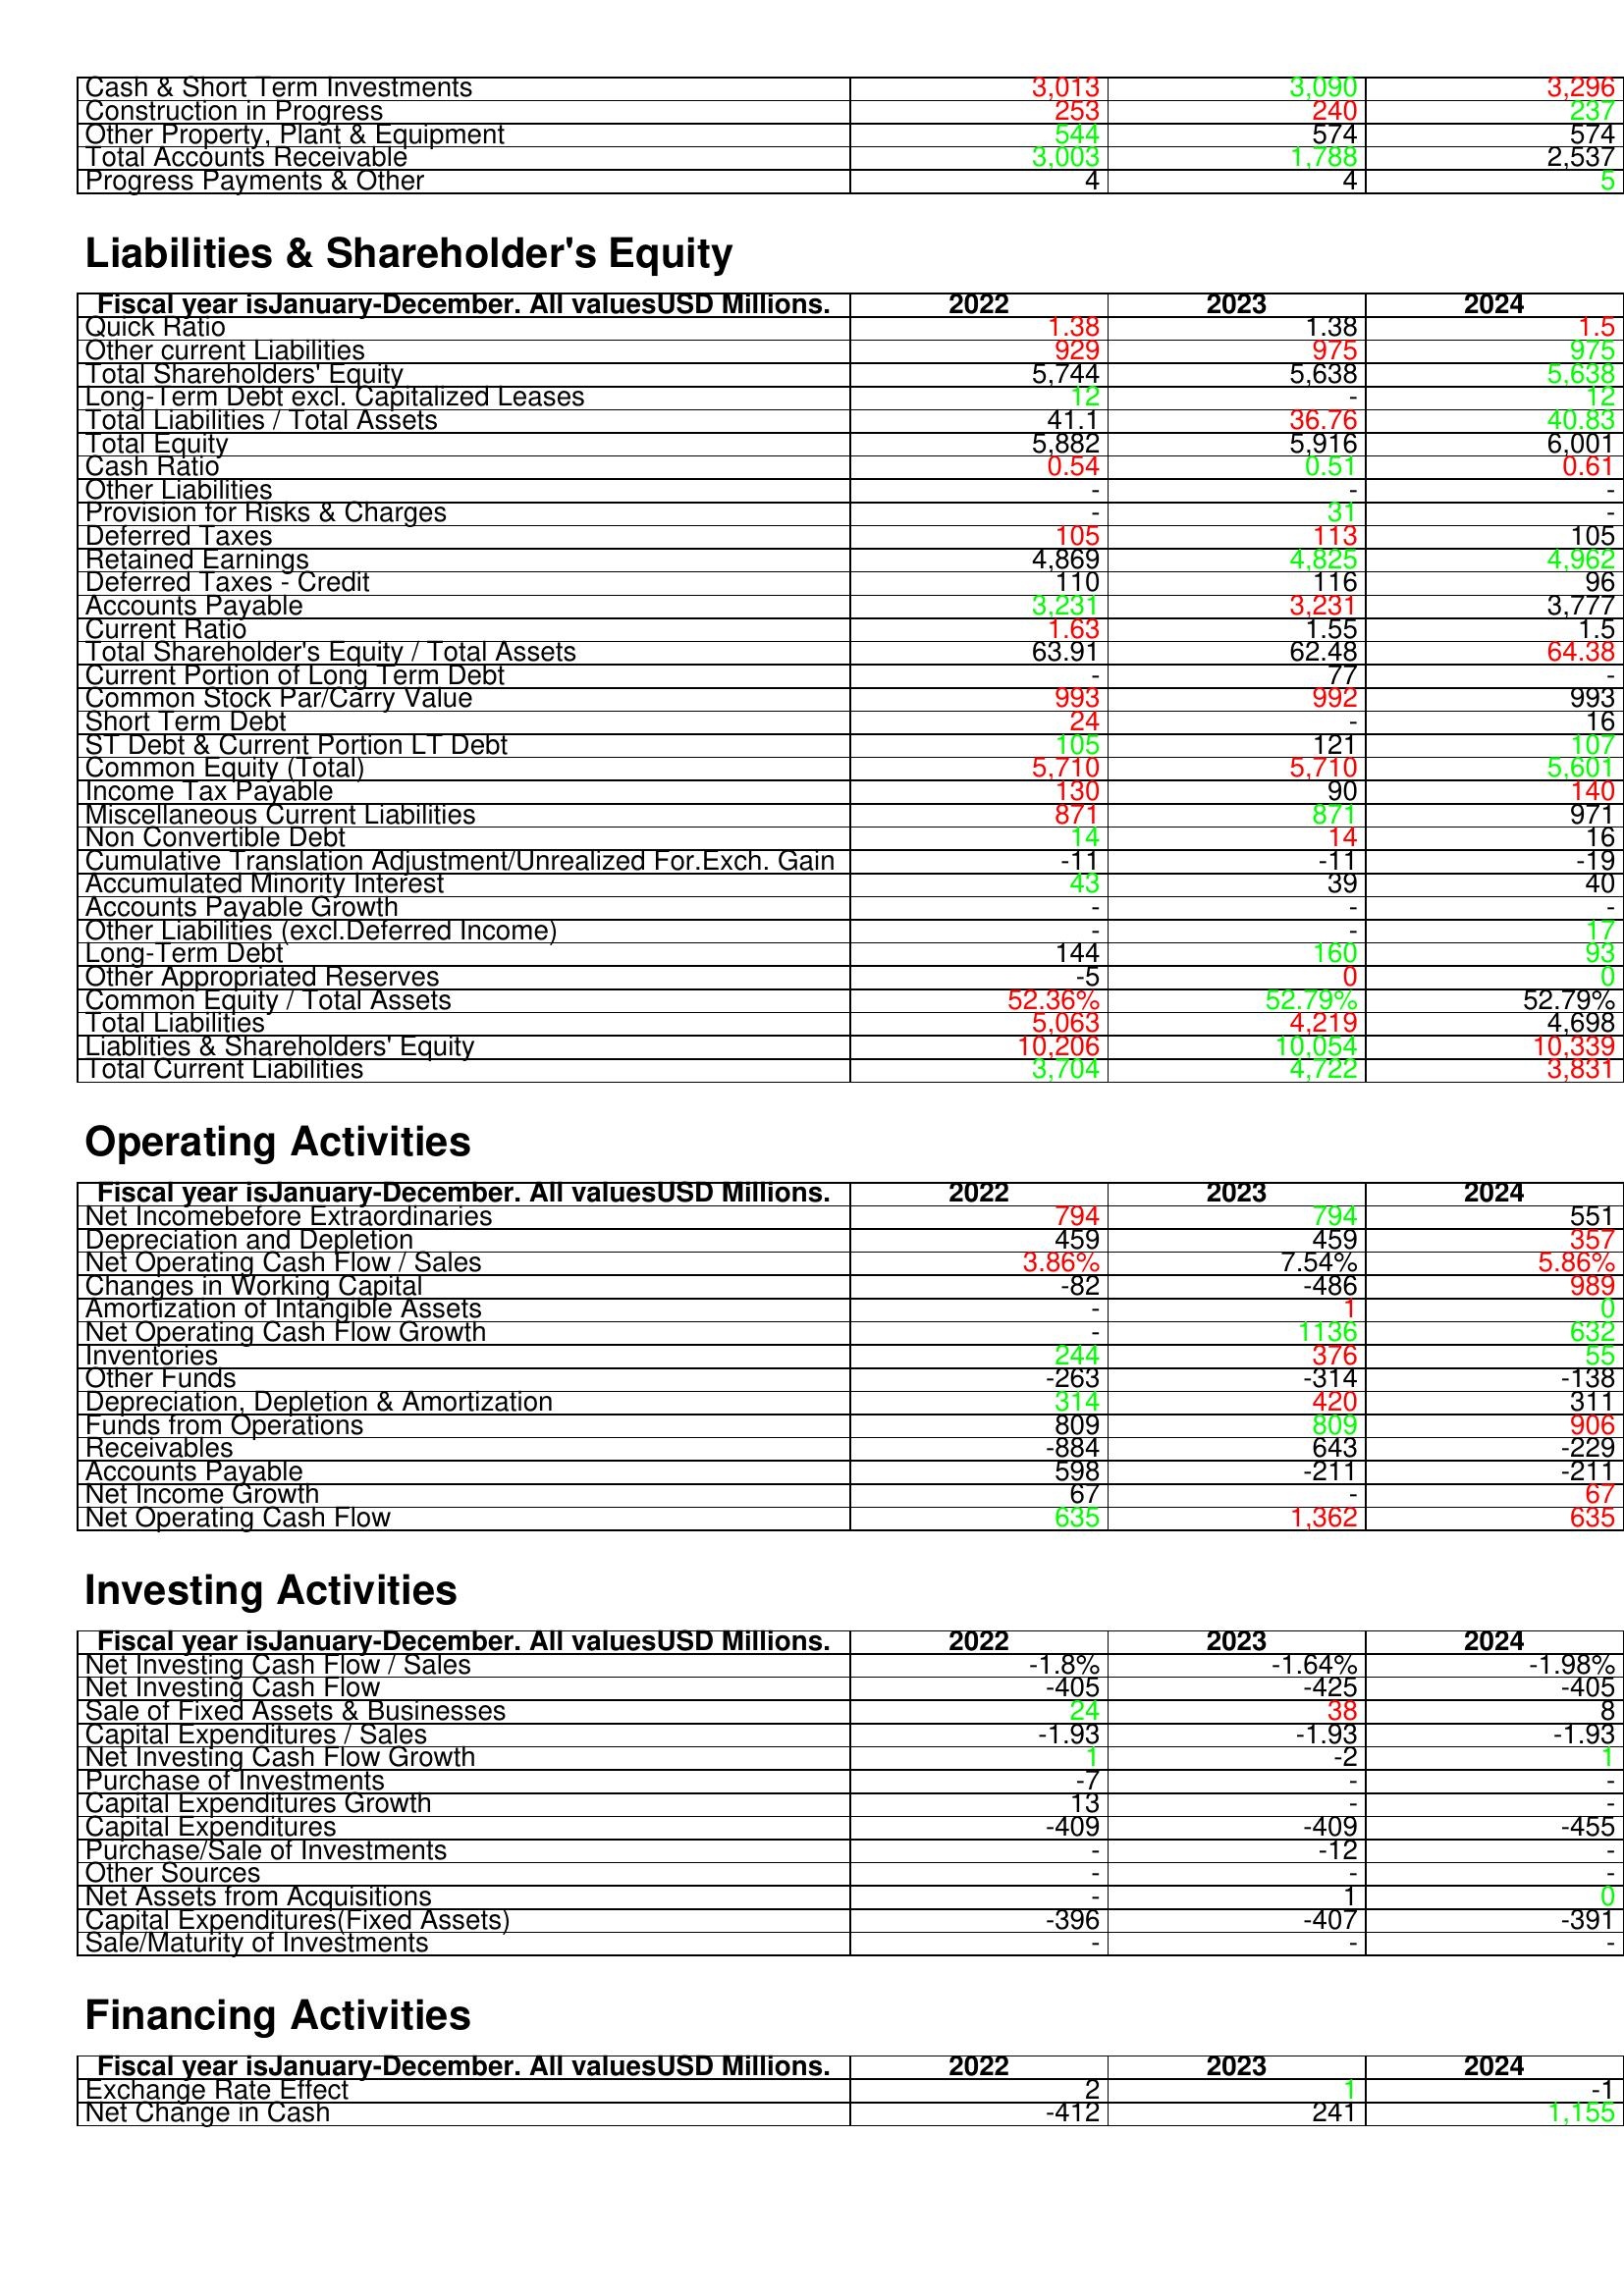
gt_parse: 2022: Assets: Cash & Short Term Investments: 3,013
Construction in Progress: 253
Other Property, Plant & Equipment: 544
Total Accounts Receivable: 3,003
Progress Payments & Other: 4
Liabilities & Shareholder's Equity: Quick Ratio: 1.38
Other current Liabilities: 929
Total Shareholders' Equity: 5,744
Long-Term Debt excl. Capitalized Leases: 12
Total Liabilities / Total Assets: 41.1
Total Equity: 5,882
Cash Ratio: 0.54
Other Liabilities: -
Provision for Risks & Charges: -
Deferred Taxes: 105
Retained Earnings: 4,869
Deferred Taxes - Credit: 110
Accounts Payable: 3,231
Current Ratio: 1.63
Total Shareholder's Equity / Total Assets: 63.91
Current Portion of Long Term Debt: -
Common Stock Par/Carry Value: 993
Short Term Debt: 24
ST Debt & Current Portion LT Debt: 105
Common Equity (Total): 5,710
Income Tax Payable: 130
Miscellaneous Current Liabilities: 871
Non Convertible Debt: 14
Cumulative Translation Adjustment/Unrealized For.Exch. Gain: -11
Accumulated Minority Interest: 43
Accounts Payable Growth: -
Other Liabilities (excl.Deferred Income): -
Long-Term Debt: 144
Other Appropriated Reserves: -5
Common Equity / Total Assets: 52.36%
Total Liabilities: 5,063
Liablities & Shareholders' Equity: 10,206
Total Current Liabilities: 3,704
Operating Activities: Net Incomebefore Extraordinaries: 794
Depreciation and Depletion: 459
Net Operating Cash Flow / Sales: 3.86%
Changes in Working Capital: -82
Amortization of Intangible Assets: -
Net Operating Cash Flow Growth: -
Inventories: 244
Other Funds: -263
Depreciation, Depletion & Amortization: 314
Funds from Operations: 809
Receivables: -884
Accounts Payable: 598
Net Income Growth: 67
Net Operating Cash Flow: 635
Investing Activities: Net Investing Cash Flow / Sales: -1.8%
Net Investing Cash Flow: -405
Sale of Fixed Assets & Businesses: 24
Capital Expenditures / Sales: -1.93
Net Investing Cash Flow Growth: 1
Purchase of Investments: -7
Capital Expenditures Growth: 13
Capital Expenditures: -409
Purchase/Sale of Investments: -
Other Sources: -
Net Assets from Acquisitions: -
Capital Expenditures(Fixed Assets): -396
Sale/Maturity of Investments: -
Financing Activities: Exchange Rate Effect: 2
Net Change in Cash: -412
2023: Assets: Cash & Short Term Investments: 3,090
Construction in Progress: 240
Other Property, Plant & Equipment: 574
Total Accounts Receivable: 1,788
Progress Payments & Other: 4
Liabilities & Shareholder's Equity: Quick Ratio: 1.38
Other current Liabilities: 975
Total Shareholders' Equity: 5,638
Long-Term Debt excl. Capitalized Leases: -
Total Liabilities / Total Assets: 36.76
Total Equity: 5,916
Cash Ratio: 0.51
Other Liabilities: -
Provision for Risks & Charges: 31
Deferred Taxes: 113
Retained Earnings: 4,825
Deferred Taxes - Credit: 116
Accounts Payable: 3,231
Current Ratio: 1.55
Total Shareholder's Equity / Total Assets: 62.48
Current Portion of Long Term Debt: 77
Common Stock Par/Carry Value: 992
Short Term Debt: -
ST Debt & Current Portion LT Debt: 121
Common Equity (Total): 5,710
Income Tax Payable: 90
Miscellaneous Current Liabilities: 871
Non Convertible Debt: 14
Cumulative Translation Adjustment/Unrealized For.Exch. Gain: -11
Accumulated Minority Interest: 39
Accounts Payable Growth: -
Other Liabilities (excl.Deferred Income): -
Long-Term Debt: 160
Other Appropriated Reserves: 0
Common Equity / Total Assets: 52.79%
Total Liabilities: 4,219
Liablities & Shareholders' Equity: 10,054
Total Current Liabilities: 4,722
Operating Activities: Net Incomebefore Extraordinaries: 794
Depreciation and Depletion: 459
Net Operating Cash Flow / Sales: 7.54%
Changes in Working Capital: -486
Amortization of Intangible Assets: 1
Net Operating Cash Flow Growth: 1136
Inventories: 376
Other Funds: -314
Depreciation, Depletion & Amortization: 420
Funds from Operations: 809
Receivables: 643
Accounts Payable: -211
Net Income Growth: -
Net Operating Cash Flow: 1,362
Investing Activities: Net Investing Cash Flow / Sales: -1.64%
Net Investing Cash Flow: -425
Sale of Fixed Assets & Businesses: 38
Capital Expenditures / Sales: -1.93
Net Investing Cash Flow Growth: -2
Purchase of Investments: -
Capital Expenditures Growth: -
Capital Expenditures: -409
Purchase/Sale of Investments: -12
Other Sources: -
Net Assets from Acquisitions: 1
Capital Expenditures(Fixed Assets): -407
Sale/Maturity of Investments: -
Financing Activities: Exchange Rate Effect: 1
Net Change in Cash: 241
2024: Assets: Cash & Short Term Investments: 3,296
Construction in Progress: 237
Other Property, Plant & Equipment: 574
Total Accounts Receivable: 2,537
Progress Payments & Other: 5
Liabilities & Shareholder's Equity: Quick Ratio: 1.5
Other current Liabilities: 975
Total Shareholders' Equity: 5,638
Long-Term Debt excl. Capitalized Leases: 12
Total Liabilities / Total Assets: 40.83
Total Equity: 6,001
Cash Ratio: 0.61
Other Liabilities: -
Provision for Risks & Charges: -
Deferred Taxes: 105
Retained Earnings: 4,962
Deferred Taxes - Credit: 96
Accounts Payable: 3,777
Current Ratio: 1.5
Total Shareholder's Equity / Total Assets: 64.38
Current Portion of Long Term Debt: -
Common Stock Par/Carry Value: 993
Short Term Debt: 16
ST Debt & Current Portion LT Debt: 107
Common Equity (Total): 5,601
Income Tax Payable: 140
Miscellaneous Current Liabilities: 971
Non Convertible Debt: 16
Cumulative Translation Adjustment/Unrealized For.Exch. Gain: -19
Accumulated Minority Interest: 40
Accounts Payable Growth: -
Other Liabilities (excl.Deferred Income): 17
Long-Term Debt: 93
Other Appropriated Reserves: 0
Common Equity / Total Assets: 52.79%
Total Liabilities: 4,698
Liablities & Shareholders' Equity: 10,339
Total Current Liabilities: 3,831
Operating Activities: Net Incomebefore Extraordinaries: 551
Depreciation and Depletion: 357
Net Operating Cash Flow / Sales: 5.86%
Changes in Working Capital: 989
Amortization of Intangible Assets: 0
Net Operating Cash Flow Growth: 632
Inventories: 55
Other Funds: -138
Depreciation, Depletion & Amortization: 311
Funds from Operations: 906
Receivables: -229
Accounts Payable: -211
Net Income Growth: 67
Net Operating Cash Flow: 635
Investing Activities: Net Investing Cash Flow / Sales: -1.98%
Net Investing Cash Flow: -405
Sale of Fixed Assets & Businesses: 8
Capital Expenditures / Sales: -1.93
Net Investing Cash Flow Growth: 1
Purchase of Investments: -
Capital Expenditures Growth: -
Capital Expenditures: -455
Purchase/Sale of Investments: -
Other Sources: -
Net Assets from Acquisitions: 0
Capital Expenditures(Fixed Assets): -391
Sale/Maturity of Investments: -
Financing Activities: Exchange Rate Effect: -1
Net Change in Cash: 1,155